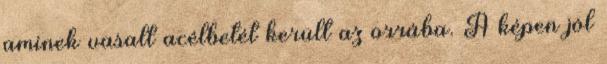
aminek vasalt acélbetét került az orrába. A képen jól